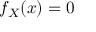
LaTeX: f _ { X } ( x ) = 0